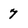
Character: 7